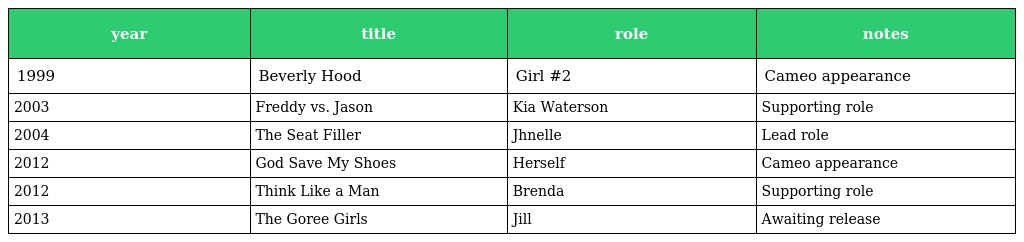
| year | title | role | notes |
 | --- | --- | --- | --- |
 | 1999 | Beverly Hood | Girl #2 | Cameo appearance |
 | 2003 | Freddy vs. Jason | Kia Waterson | Supporting role |
 | 2004 | The Seat Filler | Jhnelle | Lead role |
 | 2012 | God Save My Shoes | Herself | Cameo appearance |
 | 2012 | Think Like a Man | Brenda | Supporting role |
 | 2013 | The Goree Girls | Jill | Awaiting release |